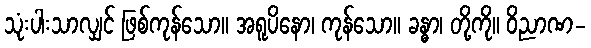
သုံးပါးသာလျှင် ဖြစ်ကုန်သော။ အရူပိနော၊ ကုန်သော။ ခန္ဓာ၊ တို့ကို။ ဝိညာဏ-